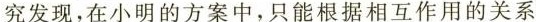
究发现，在小明的方案中，只能根据相互作用的关系